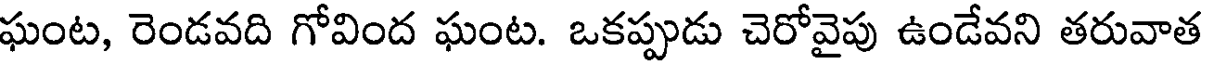
ఘంట, రెండవది గోవింద ఘంట. ఒకప్పుడు చెరోవైపు ఉండేవని తరువాత